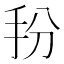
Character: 𭠓